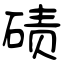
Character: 碛